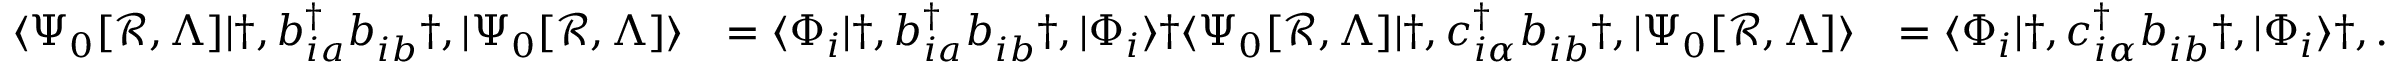
\begin{array} { r l r } { \langle \Psi _ { 0 } [ \mathcal { R } , \Lambda ] | \dag , b _ { i a } ^ { \dagger } b _ { i b } ^ { \phantom { \dagger } } \dag , | \Psi _ { 0 } [ \mathcal { R } , \Lambda ] \rangle } & { = \langle \Phi _ { i } | \dag , b _ { i a } ^ { \dagger } b _ { i b } ^ { \phantom { \dagger } } \dag , | \Phi _ { i } \rangle \dag \langle \Psi _ { 0 } [ \mathcal { R } , \Lambda ] | \dag , c _ { i \alpha } ^ { \dagger } b _ { i b } ^ { \phantom { \dagger } } \dag , | \Psi _ { 0 } [ \mathcal { R } , \Lambda ] \rangle } & { = \langle \Phi _ { i } | \dag , c _ { i \alpha } ^ { \dagger } b _ { i b } ^ { \phantom { \dagger } } \dag , | \Phi _ { i } \rangle \dag , . } \end{array}